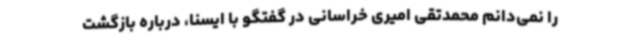
را نمی‌دانم محمدتقی امیری خراسانی در گفتگو با ایسنا، درباره بازگشت